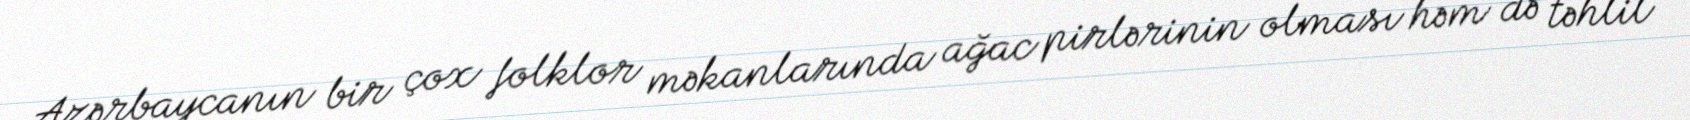
Azərbaycanın bir çox folklor məkanlarında ağac pirlərinin olması həm də təhlil